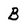
Character: B